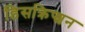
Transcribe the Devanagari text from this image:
डिसक्रिप्शन